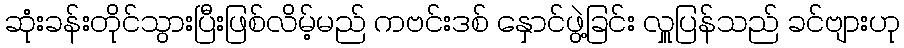
ဆုံးခန်းတိုင်သွားပြီးဖြစ်လိမ့်မည် ကဗင်းဒစ် နှောင်ဖွဲ့ခြင်း လှူပြန်သည် ခင်ဗျားဟု